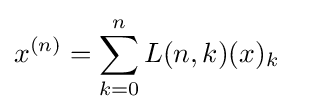
x^{(n)}=\sum _{k=0}^{n}L(n,k)(x)_{k}\quad